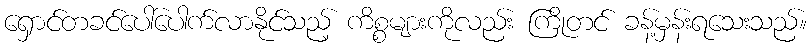
ရှောင်တခင်ပေါ်ပေါက်လာနိုင်သည့် ကိစ္စများကိုလည်း ကြိုတင် ခန့်မှန်းရသေးသည်။